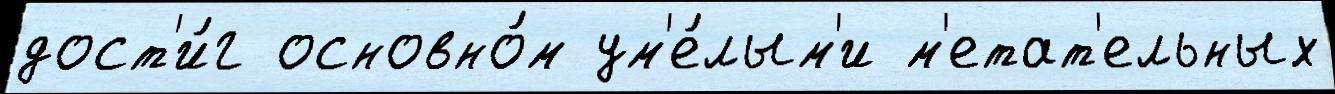
дост'и́г основно́м ум'е́лым'и м'етат'ельных